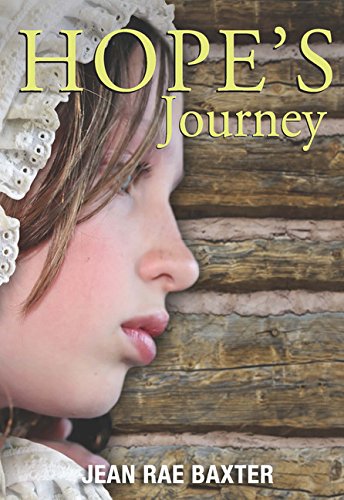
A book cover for Hope's Journey; Jean Rae Baxter; Children's Books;